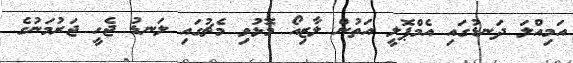
އަމިއްލަ ދަނޑުގައި އެމްޕޮލީ އަތުން ލާޒިއޯ މޮޅުވި މެޗުގައި ލަނޑު ޖެހީ ޖަރުމަނުގެ